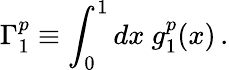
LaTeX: \Gamma_{1}^{p}\equiv\int_{0}^{1}dx~g_{1}^{p}(x)\, .